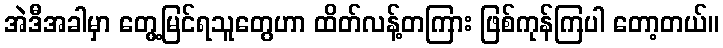
အဲဒီအခါမှာ တွေ့မြင်ရသူတွေဟာ ထိတ်လန့်တကြား ဖြစ်ကုန်ကြပါ တော့တယ်။